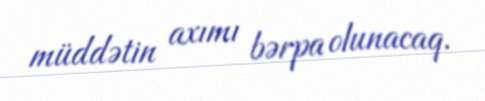
müddətin axımı bərpa olunacaq.